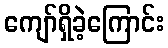
ကျော်ရှိခဲ့ကြောင်း